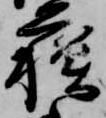
蘓